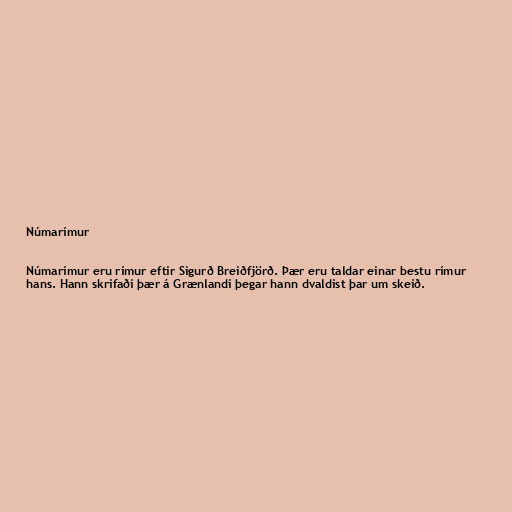
Númarímur

Númarímur eru rímur eftir Sigurð Breiðfjörð. Þær eru taldar einar bestu rímur
hans. Hann skrifaði þær á Grænlandi þegar hann dvaldist þar um skeið.